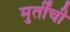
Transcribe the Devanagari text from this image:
मुर्तींची